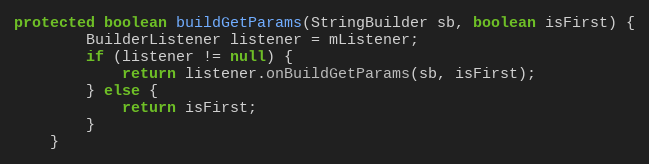
Language: Java
protected boolean buildGetParams(StringBuilder sb, boolean isFirst) {
        BuilderListener listener = mListener;
        if (listener != null) {
            return listener.onBuildGetParams(sb, isFirst);
        } else {
            return isFirst;
        }
    }